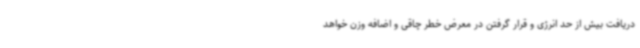
دریافت بیش از حد انرژی و قرار گرفتن در معرض خطر چاقی و اضافه وزن خواهد